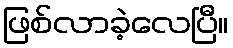
ဖြစ်လာခဲ့လေပြီ။